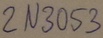
Text: 2N3053